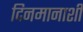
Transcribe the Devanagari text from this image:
दिनमानाशी